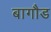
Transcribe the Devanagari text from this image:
बागौड